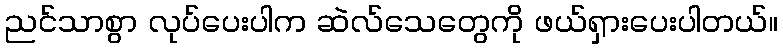
ညင်သာစွာ လုပ်ပေးပါက ဆဲလ်သေတွေကို ဖယ်ရှားပေးပါတယ်။